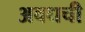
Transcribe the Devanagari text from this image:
अवधची